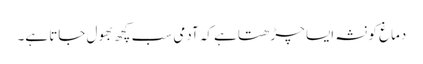
دماغ کو نشہ ایسا چڑھتا ہے کہ آدمی سب کچھ بھول جاتا ہے۔